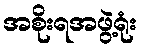
အစိုးရအဖွဲ့ရုံး